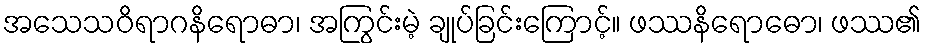
အသေသဝိရာဂနိရောဓာ၊ အကြွင်းမဲ့ ချုပ်ခြင်းကြောင့်။ ဖဿနိရောဓော၊ ဖဿ၏